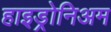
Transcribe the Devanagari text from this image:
हाइड्रोनिअम